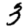
Digit: 3